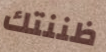
ظننتك